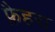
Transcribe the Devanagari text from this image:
फ़ैहरा